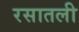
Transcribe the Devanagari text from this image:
रसातली